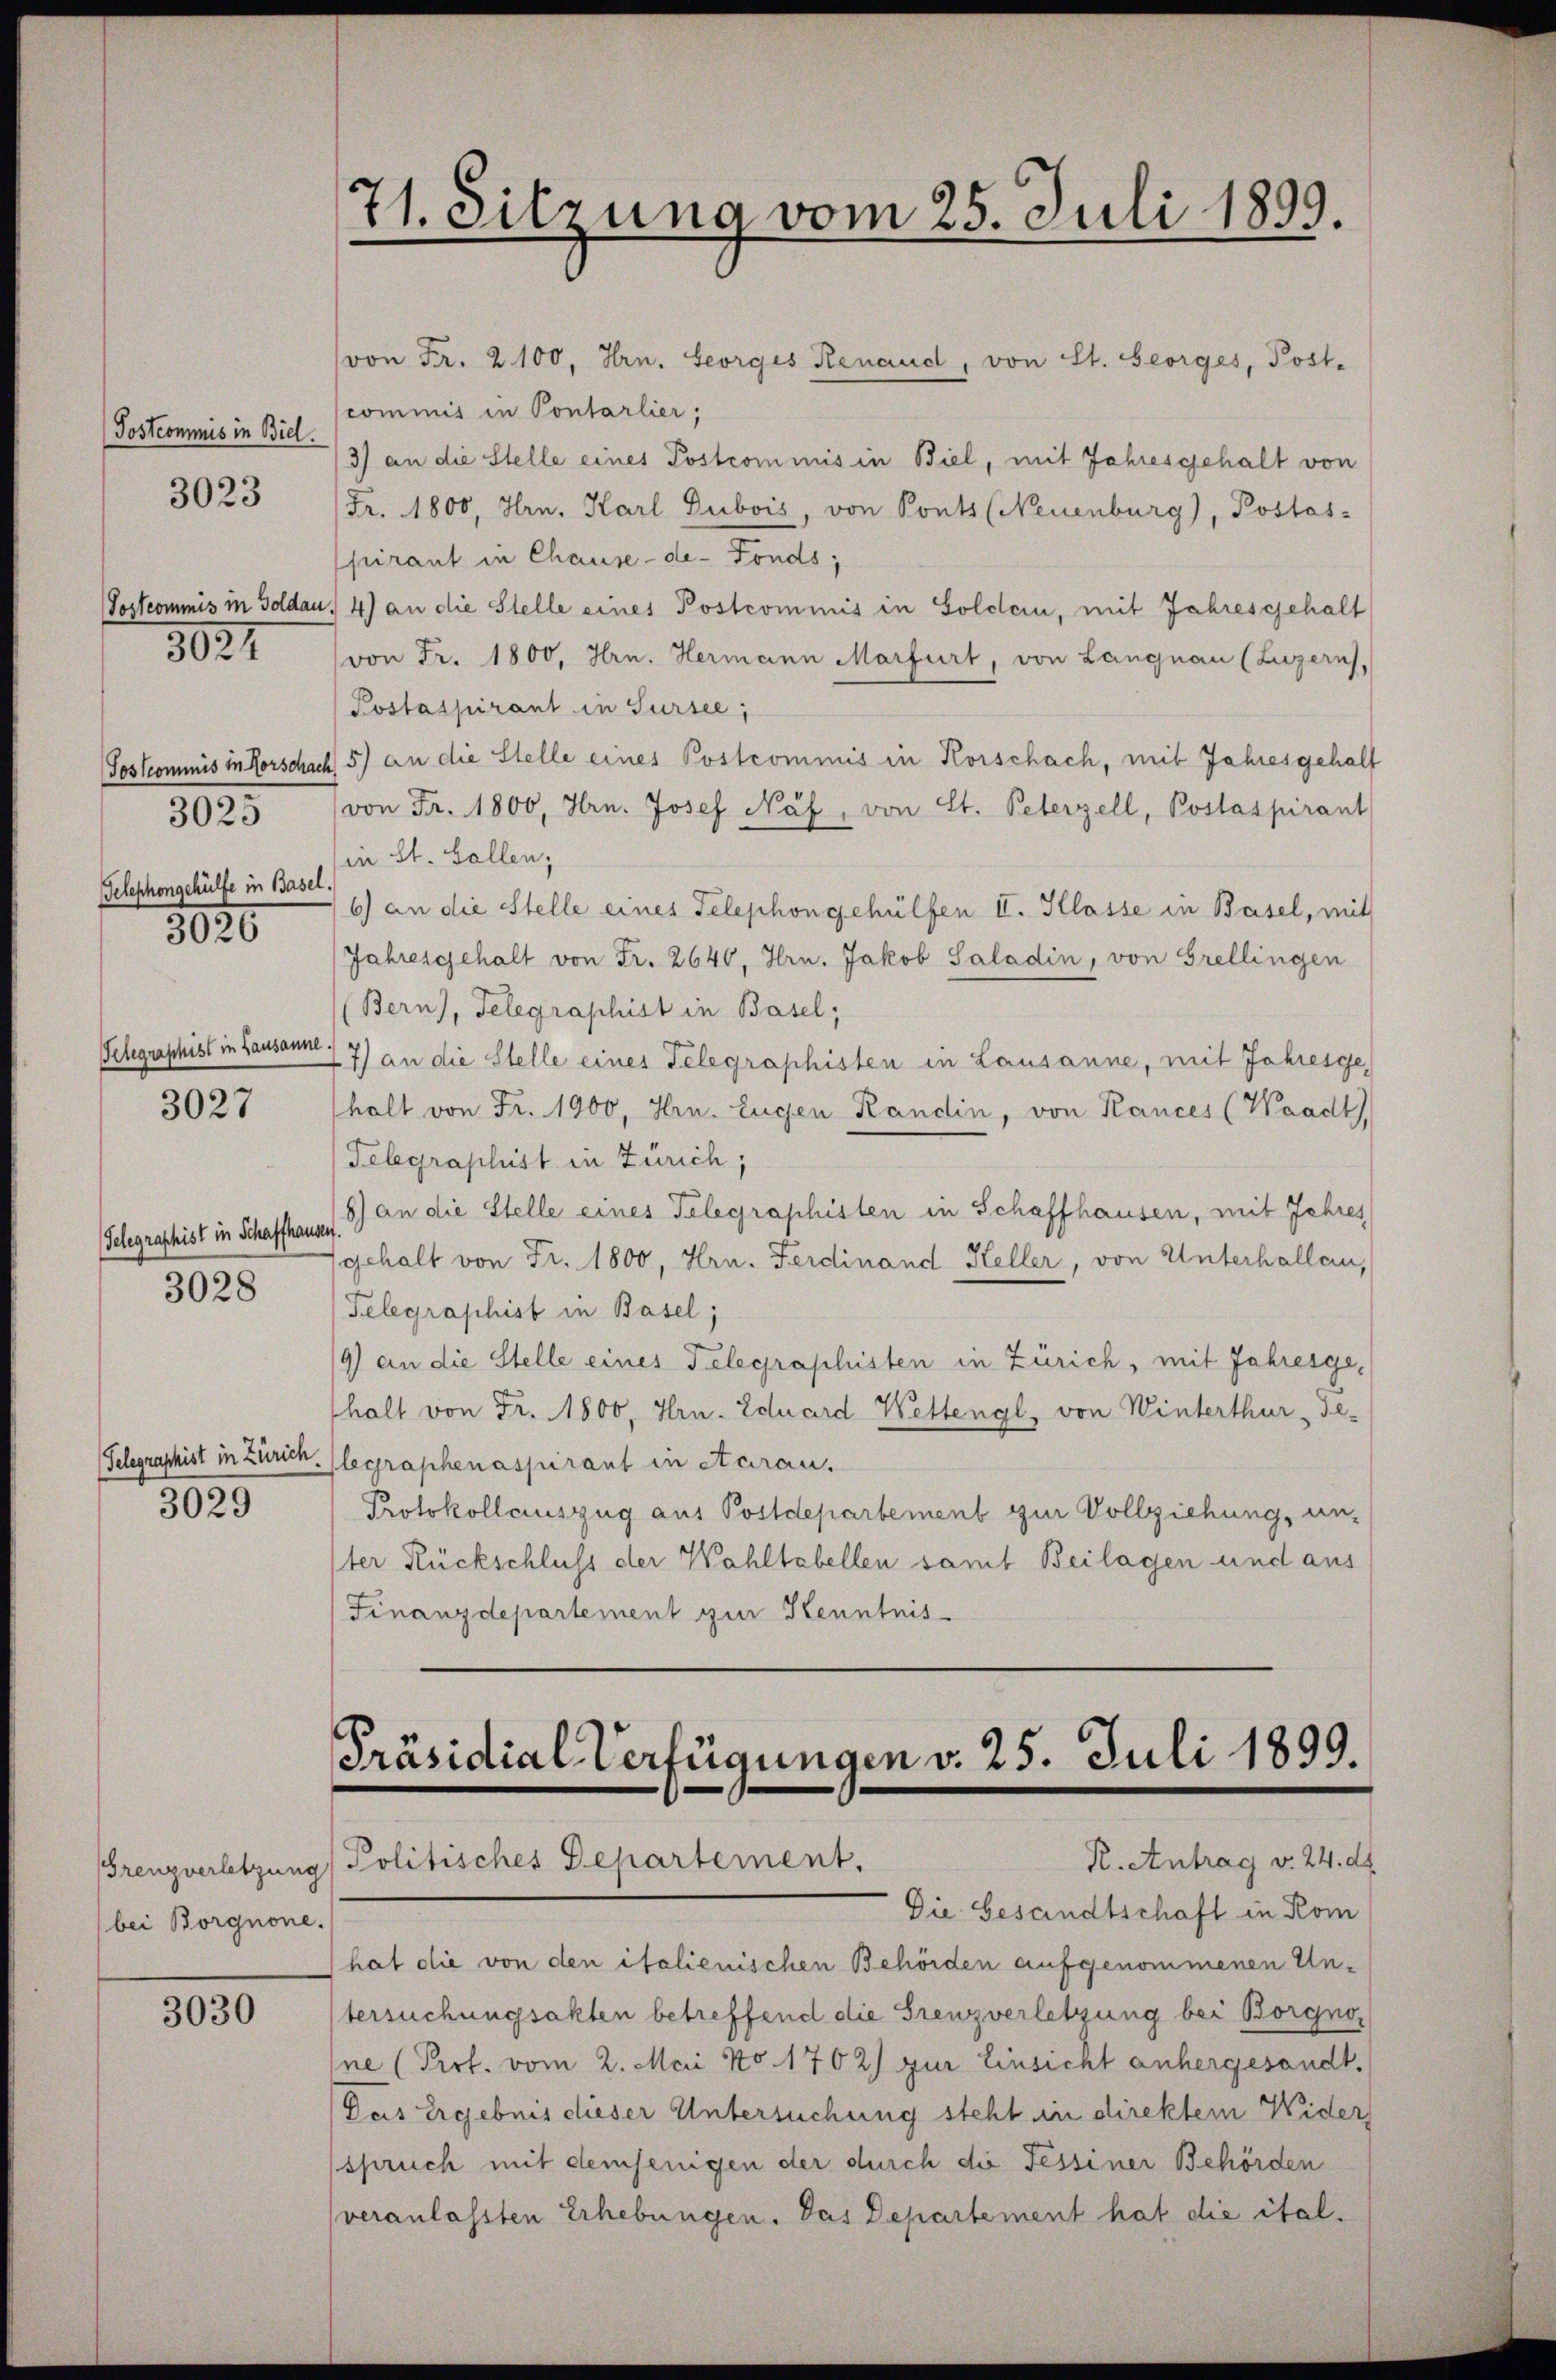
Postcommis in Biel.

3023

3021

Telephongehülfe in Basel.

3025

8020

Telegraphist in Lausanne.
3027

Gelegraphist in Schaffhausen,
3028

3029

bei Borgnone.

3030

(von Fr. 2100, Hrn. Georges Renaud, von St. Georges, Post-
commis in Pontarlier,
3) an die Stelle eines Postcommis in Biel, mit Jahresgehalt von
Fr. 1800, Hrn. Karl Dubois, von Ponts (Neuenburg), Postas-
pirant in Chause-de-Fonds;
Vostcommis in Goldau, 4) an die Stelle eines Postcommis in Golden, mit Jahresgehalt
von Fr. 1800, Hrn. Hermann Marfurt, von Langnau (Luzern,
Postaspirant in Sursee,
Soskommnis in Forschach 5) an die Stelle eines Postcommis in Korschach, mit Jahresgehalt
von Fr. 1800, Hrn. Josef Näf, von St. Peterzell, Poslaspirant
in St. Gallen;
6) an die Stelle eines Telephongehülfen II. Klasse in Basel, mit
Jahresgehalt von Fr. 2640, Hrn. Jakob Saladin, von Grellingen
(Bern), Telegraphist in Basel;
7) an die Stelle eines Telegraphisten in Lausanne, mit Jahresgeholt von Fr. 1900, Hrn. Eugen Kandin, von Kances (Waadt)
Telegraphist in Zürich,
8) an die Stelle eines Telegraphisten in Schaffhausen, mit Jahres
gehalt von Fr. 1800, Hrn. Ferdinand Heller, von Unterhallen,
Telegraphist in Basel;
19) an die Stelle eines Telegraphisten in Zürich, mit Jahresgehalt von Fr. 1800, Hrn. Eduard Wettengl, von Winterthur Fe¬
Telegraphist in Zürich, (legraphenaspirant in etarau,
Protokollauszug aus Postdepartement zur Vollziehung, unster Rückschluss der Wahltabellen samt Beilagen und aus
Finanzdepartement zur Kenntnis

71. Sitzung vom 25. Juli 1899.

Präsidial-Verfügungen v. 25. Juli 1899.
R. Antrag v. 24. d.
Grenzverletzung Politisches Departement.

Die Gesandtschaft in Kom
hat die von den italienischen Behörden aufgenommenen Untersuchungsakten betreffend die Grenzverletzung bei Borgno,
ne (Prof. vom 2. Mai No. 1702) zur Einsicht anhergesandt,
Das Ergebnis dieser Untersuchung steht in direktem Wider
spruch mit demjenigen der durch die Fessiner Behörden
veranlassten Erhebungen. Das Departement hat die ital¬